Annual report of the Imperial Bacteriologist
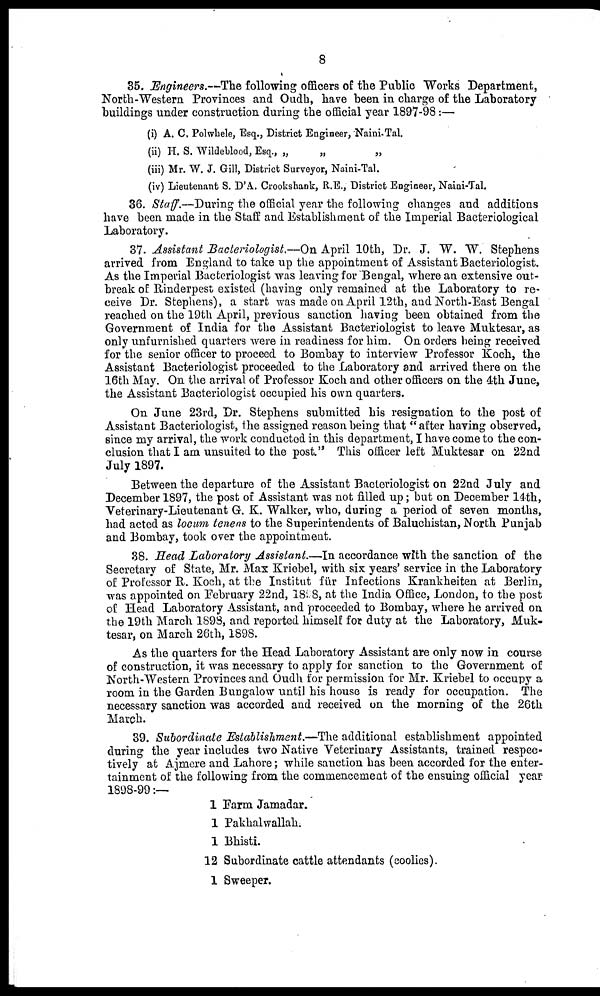
8
35. Engineers.—The following officers of the Public Works Department,
North-Western Provinces and Oudh, have been in charge of the Laboratory
buildings under construction during the official year 1897-98:—
(i) A. C. Polwhele, Esq., District Engineer, Naini-Tal.
(ii) H. S. Wildeblood, Esq., „
„
„
(iii) Mr. W. J. Gill, District Surveyor, Naini-Tal.
(iv) Lieutenant S. D'A. Crookshank, R.E., District Engineer, Naini-Tal.
36. Staff.—During the official year the following changes and additions
have been made in the Staff and Establishment of the Imperial Bacteriological
Laboratory.
37. Assistant Bacteriologist.—On April 10th, Dr. J. W. W. Stephens
arrived from England to take up the appointment of Assistant Bacteriologist.
As the Imperial Bacteriologist was leaving for Bengal, where an extensive out-
break of Rinderpest existed (having only remained at the Laboratory to re-
ceive Dr. Stephens), a start was made on April 12th, and North-East Bengal
reached on the 19th April, previous sanction having been obtained from the
Government of India for the Assistant Bacteriologist to leave Muktesar, as
only unfurnished quarters were in readiness for him. On orders being received
for the senior officer to proceed to Bombay to interview Professor Koch, the
Assistant Bacteriologist proceeded to the Laboratory and arrived there on the
16th May. On the arrival of Professor Koch and other officers on the 4th June,
the Assistant Bacteriologist occupied his own quarters.
On June 23rd, Dr. Stephens submitted his resignation to the post of
Assistant Bacteriologist, the assigned reason being that " after having observed,
since my arrival, the work conducted in this department, I have come to the con-
clusion that I am unsuited to the post." This officer left Muktesar on 22nd
July 1897.
Between the departure of the Assistant Bacteriologist on 22nd July and
December 1897, the post of Assistant was not filled up; but on December 14th,
Veterinary-Lieutenant G. K. Walker, who, during a period of seven months,
had acted as locum tenens to the Superintendents of Baluchistan, North Punjab
and Bombay, took over the appointment.
38. Head Laboratory Assistant.—In accordance with the sanction of the
Secretary of State, Mr. Max Kriebel, with six years' service in the Laboratory
of Professor R. Koch, at the Institut für Infections Krankheiten at Berlin,
was appointed on February 22nd, 1898, at the India Office, London, to the post
of Head Laboratory Assistant, and proceeded to Bombay, where he arrived on
the 19th March 1898, and reported himself for duty at the Laboratory, Muk-
tesar, on March 26th, 1898.
As the quarters for the Head Laboratory Assistant are only now in course
of construction, it was necessary to apply for sanction to the Government of
North-Western Provinces and Oudh for permission for Mr. Kriebel to occupy a
room in the Garden Bungalow until his house is ready for occupation. The
necessary sanction was accorded and received on the morning of the 26th
March.
39. Subordinate Establishment.—The additional establishment appointed
during the year includes two Native Veterinary Assistants, trained respec-
tively at Ajmere and Lahore; while sanction has been accorded for the enter-
tainment of the following from the commencement of the ensuing official year
1898-99:—
1 Farm Jamadar.
1 Pakhalwallah.
1 Bhisti.
12 Subordinate cattle attendants (coolies).
1 Sweeper.